画像に写った文字を読んでください
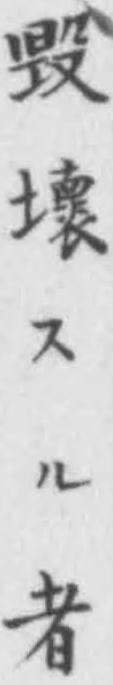
「毁壞スル者」と書いてあります